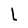
Character: L